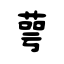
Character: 萼